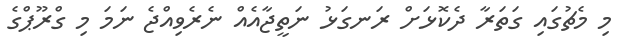
މި މެޗުގައި ގަތަރާ ދެކޮޅަށް ރަނގަޅު ނަތީޖާއެއް ނެރެވިއްޖެ ނަމަ މި ގްރޫޕްގެ